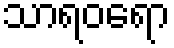
သာရဝရော